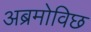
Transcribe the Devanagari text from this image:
अब्रमोविछ